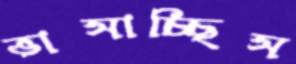
ভাসাচ্ছিস